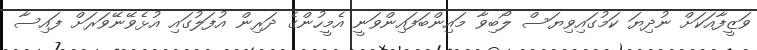
ވަޒީފާއަކަށް ނުދިޔަ ކަމުގައިވިޔަސް ލޯބިވާ މައިންބަފައިންވަނީ އެމީހުންގެ ދަރިން އުފަލުގައި އުޅެވޭނޭވަރަށް ފައިސާ